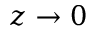
z \rightarrow 0